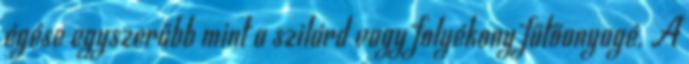
égése egyszerűbb mint a szilárd vagy folyékony fűtőanyagé. A